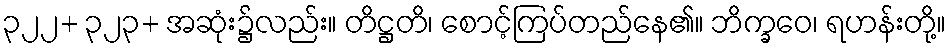
၃၂၂+ ၃၂၃+ အဆုံး၌လည်း။ တိဋ္ဌတိ၊ စောင့်ကြပ်တည်နေ၏။ ဘိက္ခဝေ၊ ရဟန်းတို့။